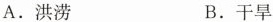
A. 洪涝 B. 干旱